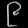
Digit: ၉